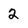
Character: 2